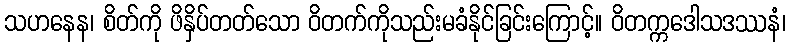
သဟနေန၊ စိတ်ကို ဖိနှိပ်တတ်သော ဝိတက်ကိုသည်းမခံနိုင်ခြင်းကြောင့်။ ဝိတက္ကဒေါသဒဿနံ၊